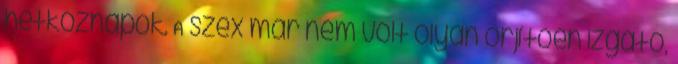
hétköznapok. A szex már nem volt olyan őrjítőén izgató,